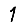
Digit: 1